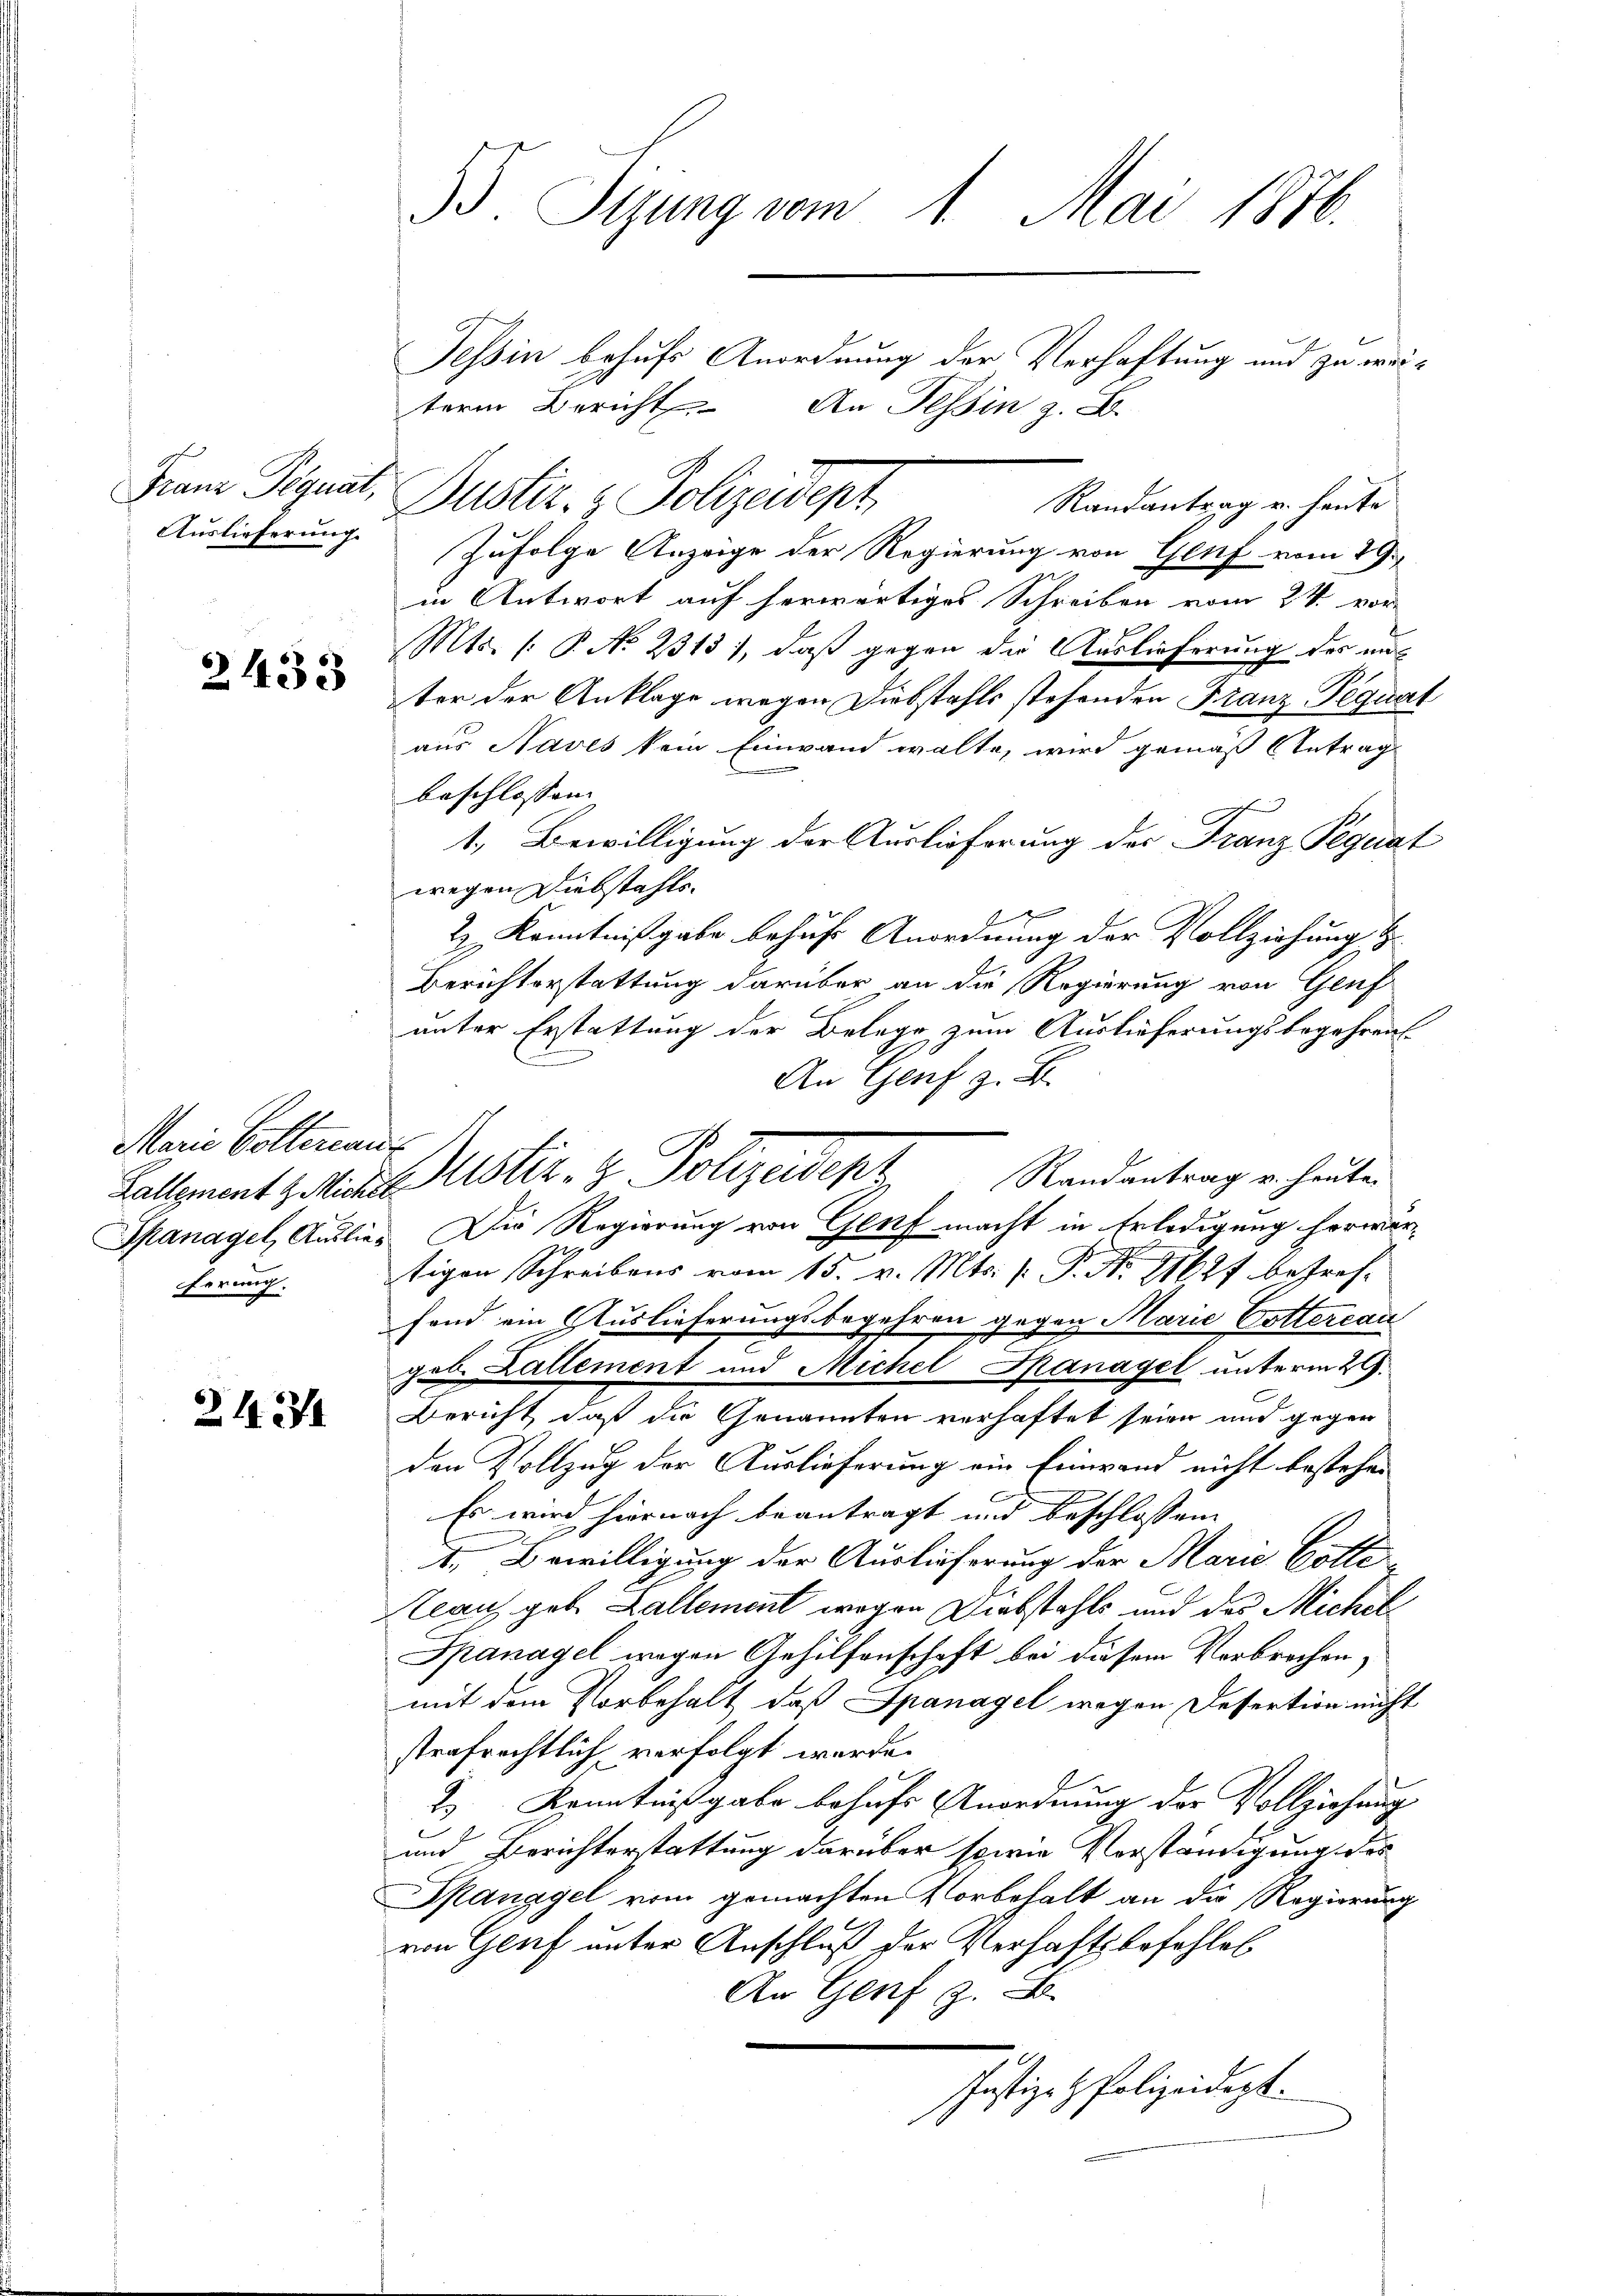
2433

Marie Collerant
Zallement z. Michel
ferung.

213

B. Sigung vom 1. Mai 1876.

Tessin behufs Anordnung der Verhaftung und zu wei¬
Randantrag u. heute
Auslieferung zufolge Anzeige der Regierung von Genf vom 29.
in Antwort auf herwärtiges Schreiben vom 24. vor-
Mts. (: P. No 2313), daß gegen die Auslieferung des unter der Anklage wegen Diebstahls stehenden Franz Pequat
aus Naves kein Einwand wolte, wird gemäß Antrag
beschlossen:
1. Bewilligung der Auslieferung des Franz Pequat
wegen Diebstahls
& Kenntnißgabe behuf Anordnung der Vollziehung
Berichterstattung darüber an die Regierung von Genf
unter Erstattung der Belege zum Auslieferungsbegehrens¬
An Genf z. B.
Randantrag v. heute.
Spanagel, Auslief. Die Regierung von Genf macht in Erledigung herwertigen Schreibens vom 15. v. Mts. (: P. Nr. 11677 betreffond ein Auslieferungsbegehren gegen Marie Gottercau
geb. Lallement und Michel Spanagel unterm 29.
Bericht, daß die Genannten verhaftet seien und gegen
den Vollzug der Auslieferung ein Einwand nicht bestehen
Es wird hiernach beantragt und beschlossen
I. Bewilligung der Auslieferung der Marie Gotte
lau geb. Gallement wegen Diebstahls und des Michel
Spanagel wegen Gehilfenschaft bei diesem Verbrochen,
mit dem Vorbehalt, daß Spanagel wegen Desertion nicht
strafrechtlich verfolgt werde.
2) Kenntnißgabe behufs Anordnung der Vollziehung
und Berichterstattung darüber sowie Vorständigung des
Spanagel vom gemachten Vorbehalt an die Regierung
.
von Genf unter Anschluß der Verhaftsbefehlel
An Genf z. B.
Justige Polizeidigt.

Franz Dignat. Justiz- & Polizeidept

term Bericht. An Tessin z. B.

N
Justiz- & Polizeidenz,